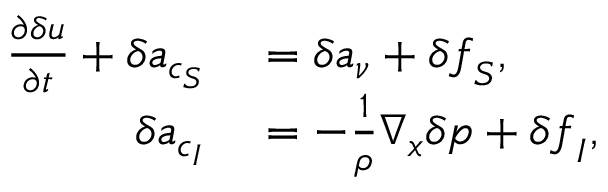
\begin{array} { r l } { \frac { \partial \delta \boldsymbol { u } } { \partial t } + \delta \boldsymbol { a } _ { c _ { S } } } & { { } = \delta \boldsymbol { a } _ { \nu } + \delta \boldsymbol { f } _ { S } , } \\ { \delta \boldsymbol { a } _ { c _ { I } } } & { { } = - \frac { 1 } { \rho } \nabla _ { \boldsymbol { x } } \delta p + \delta \boldsymbol { f } _ { I } , } \end{array}